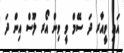
އައި ވީއާރ ދަ ސޭމް ވީ ވިން އޯރ ލޫސް އިން ދަ